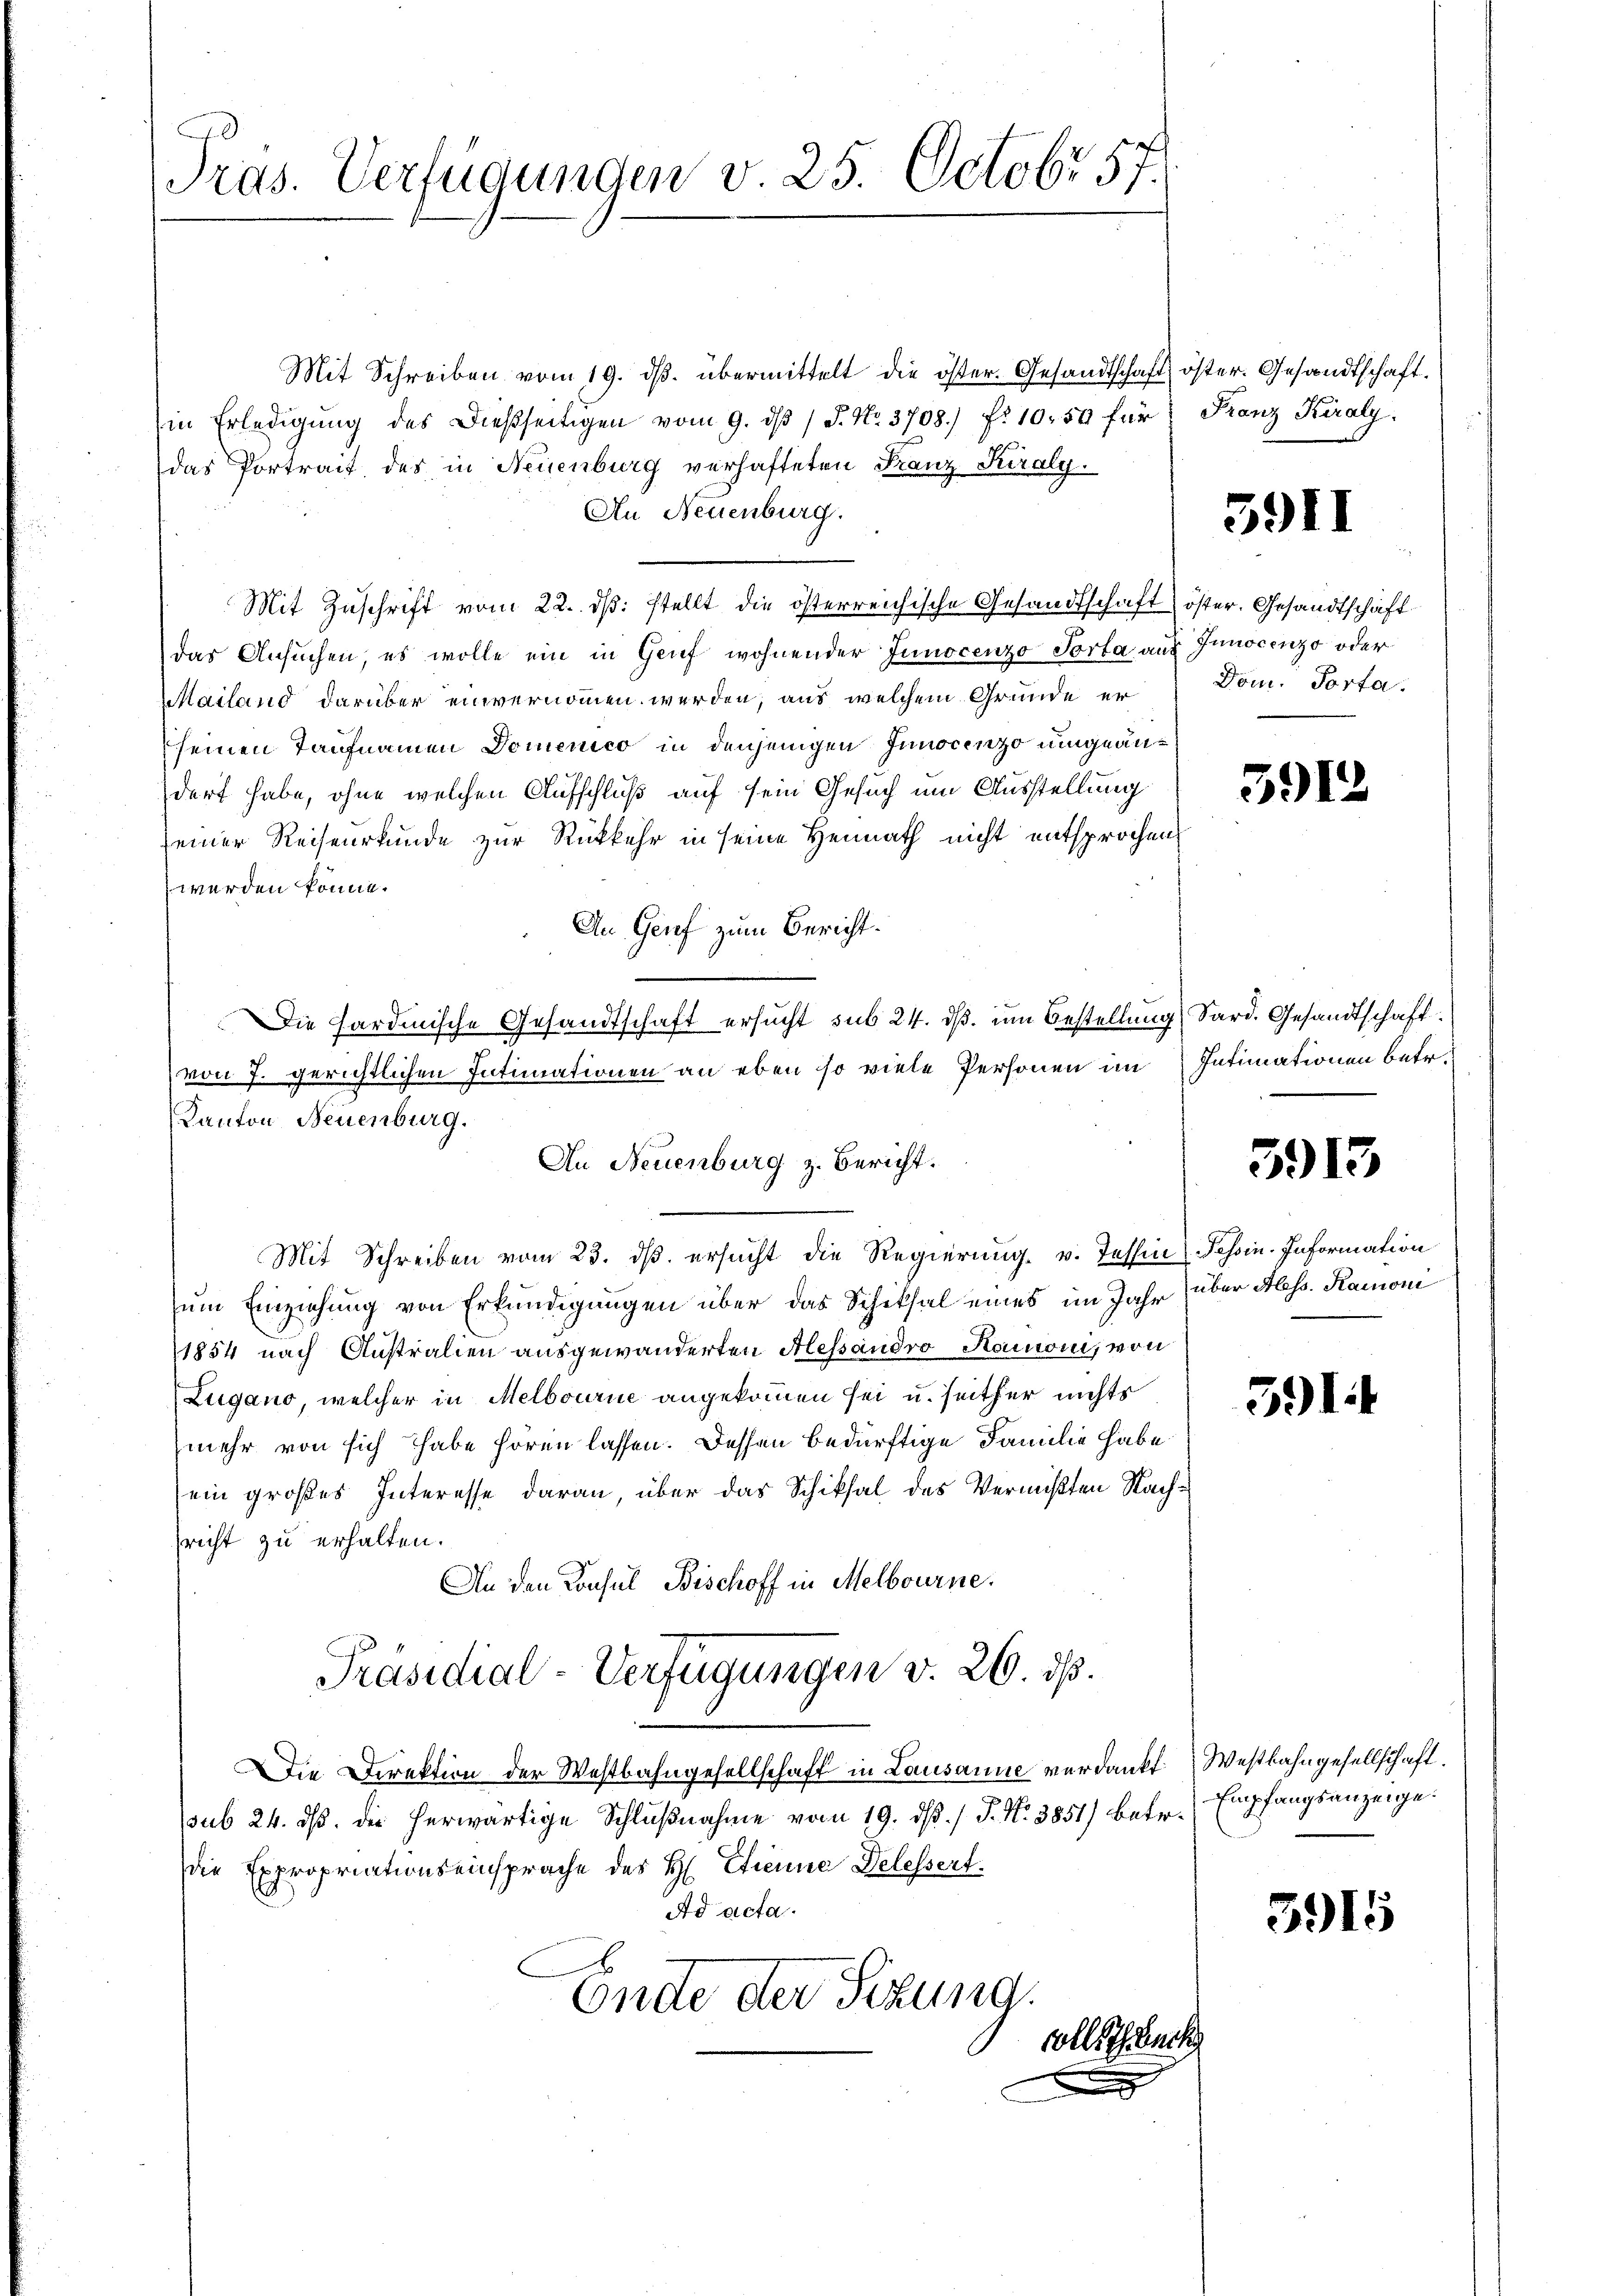
Pras. Verfügungen v. 25. Octobr 57.

Mit Schreiben vom 19. dβ. übermittelt die öster. Gesandtschaft öster. Gesandtschaft.
in Erledigŭng des dießseitigen vom 9. dβ / P. Nr. 3708 f. 1050 für Franz Kiraly.
das Portrait des in Neuenburg verhafteten Franz Kiraly.
An Neuenburg.
Mit Zuschrift vom 22. ds. stellt die österreichische Gesandtschaft öster. Gesandtschaft
das Ansuchen, es wolle ein in Geif wohnender Junocenzo Porta aus Innocenzo oder
Mailand darüber einvernommen werden, aus welchem Gründe er Dom. Porta.
seinen Taufnamen Domenico in denjenigen Innocenzo umgeändert habe, ohne welchen Aufschluß auf sein Gesuch um Ausstellung
seiner Reiseurkunde zur Rückkehr in seine Heimath nicht entsprochen
werden könne.
An Genf zum Bericht.
Die Sardinische Gesandtschaft ersucht sub 24. dß. um Bestellung Sard. Gesandtschaft
von 7. gerichtlichen Intimationen an eben so viele Personen im Intimationen betr.
Kanton Neuenburg.
Mit Schreiben vom 23. ds. ersucht die Regierung v. Tessin Passin. Information
um Einziehung von Erkundigungen über das Schiksal eines im Jahr (über Aless. Ramoni
1854 nach Anstralien ausgewanderten Alessandro Hamoni, von
Zugano, welcher in Melbourne angekommen sei u. seither nichts
mehr von sich habe hören lassen. Dessen bedürftige Familie habe
ein großes Interesse daran über das Schiksal des Vermißten Nachsricht zu erhalten.
An den Konsul Bischoff in Melbourne.
Präsidial-Verfügungen v. 26. ds.
Die Direktion der Westbahngesellschaft in Lausanne verdankt. Westbahngesellschaft.
sub 24. ds. die herwärtige Schlußnahme vom 19. ds. / P. Nr. 3851) betr.
die Expropriationseinsprache des H. Etienne Delessert.
Ad acta.
Ende der Sitzung.
voll

An Neuenburg z. Bericht.

5911

5912

3913

391:

Empfangsanzeige.

5915